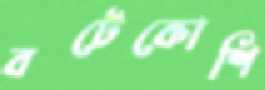
বটেকোশি